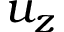
u _ { z }